Civil Veterinary Department. Madras. Admin. report 1926-33 - 1926-1933
Year: 1926
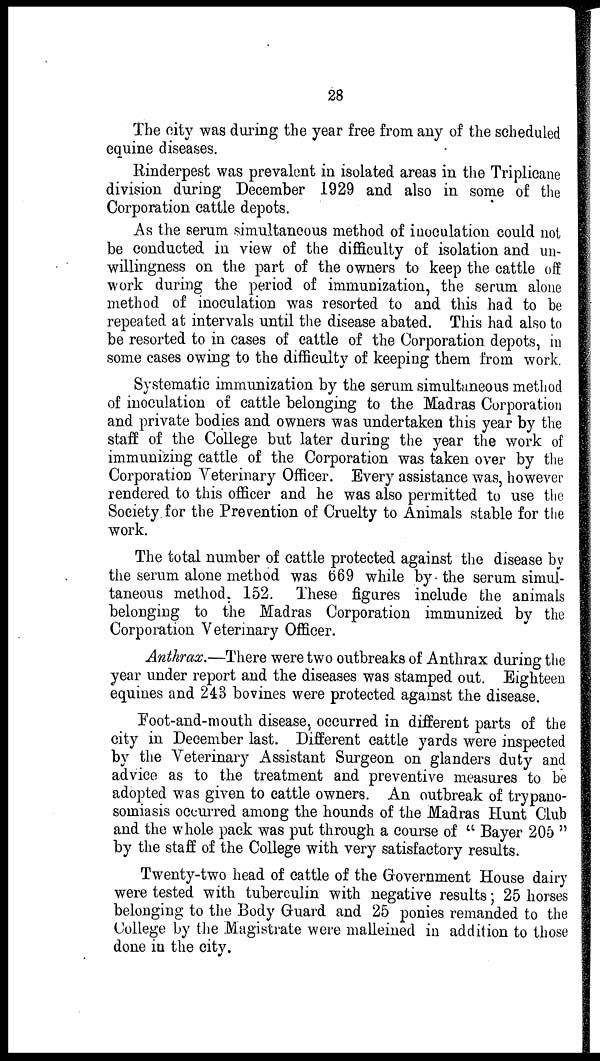
28
The city was during the year free from any of the scheduled
equine diseases.
Rinderpest was prevalent in isolated areas in the Triplicane
division during December 1929 and also in some of the
Corporation cattle depots.
As the serum simultaneous method of inoculation could not
be conducted in view of the difficulty of isolation and un-
willingness on the part of the owners to keep the cattle off
work during the period of immunization, the serum alone
method of inoculation was resorted to and this had to be
repeated at intervals until the disease abated. This had also to
be resorted to in cases of cattle of the Corporation depots, in
some cases owing to the difficulty of keeping them from work.
Systematic immunization by the serum simultaneous method
of inoculation of cattle belonging to the Madras Corporation
and private bodies and owners was undertaken this year by the
staff of the College but later during the year the work of
immunizing cattle of the Corporation was taken over by the
Corporation Veterinary Officer. Every assistance was, however
rendered to this officer and he was also permitted to use the
Society for the Prevention of Cruelty to Animals stable for the
work.
The total number of cattle protected against the disease by
the serum alone method was 669 while by the serum simul-
taneous method. 152. These figures include the animals
belonging to the Madras Corporation immunized by the
Corporation Veterinary Officer.
Anthrax.—There were two outbreaks of Anthrax during the
year under report and the diseases was stamped out. Eighteen
equines and 243 bovines were protected against the disease.
Foot-and-mouth disease, occurred in different parts of the
city in December last. Different cattle yards were inspected
by the Veterinary Assistant Surgeon on glanders duty and
advice as to the treatment and preventive measures to be
adopted was given to cattle owners. An outbreak of trypano-
somiasis occurred among the hounds of the Madras Hunt Club
and the whole pack was put through a course of "Bayer 205"
by the staff of the College with very satisfactory results.
Twenty-two head of cattle of the Government House dairy
were tested with tuberculin with negative results; 25 horses
belonging to the Body Guard and 25 ponies remanded to the
College by the Magistrate were malleined in addition to those
done in the city.